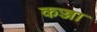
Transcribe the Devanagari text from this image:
कज्जा